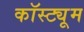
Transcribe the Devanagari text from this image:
कॉस्‍ट्यूम